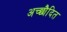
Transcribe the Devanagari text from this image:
अच्छाैदित